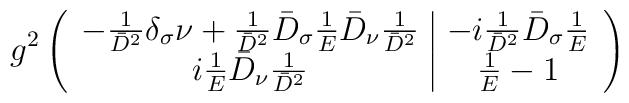
g^2\left(\begin{array}{c|c}-\frac{1}{\bar{D}^2}\delta_\sigma\nu+\frac{1}{\bar{D}^2}\bar{D}_\sigma\frac{1}{E}\bar{D}_\nu\frac{1}{\bar{D}^2} & -i\frac{1}{\bar{D}^2}\bar{D}_\sigma\frac{1}{E} \\ i \frac{1}{E}\bar{D}_\nu\frac{1}{\bar{D}^2} & \frac{1}{E}-1\end{array}\right)